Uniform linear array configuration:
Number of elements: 64
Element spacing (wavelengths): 0.5
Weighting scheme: hamming
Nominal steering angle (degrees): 15
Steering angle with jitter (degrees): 13.028
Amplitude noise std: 0.05
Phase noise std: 0.05

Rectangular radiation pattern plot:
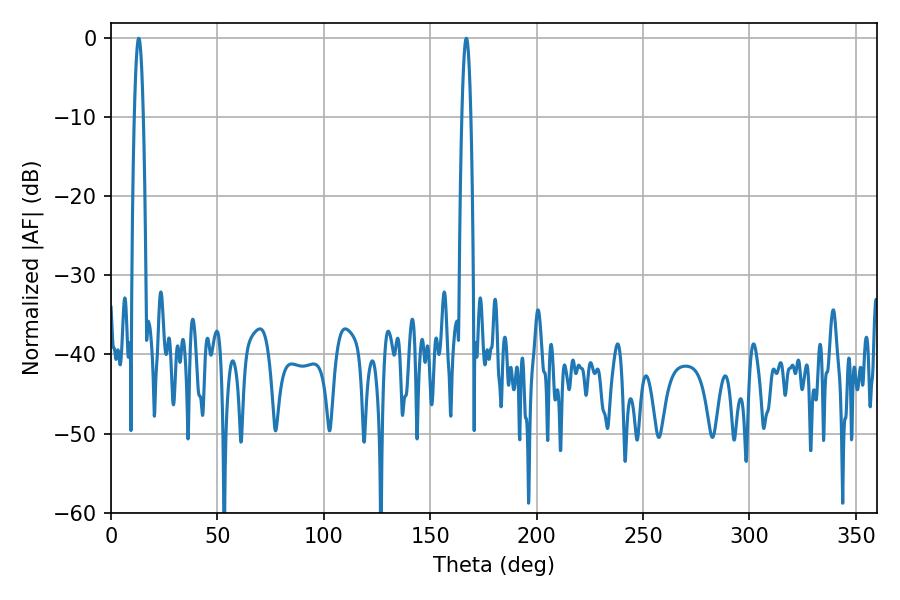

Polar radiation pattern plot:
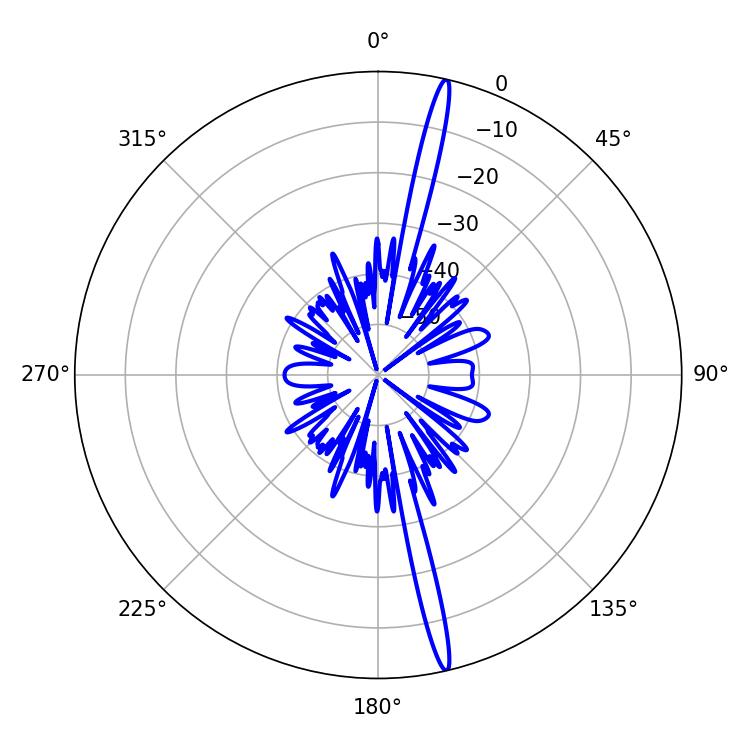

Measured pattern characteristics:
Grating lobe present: FALSE
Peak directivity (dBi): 19.972
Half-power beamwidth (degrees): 2.34
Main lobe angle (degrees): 12.96